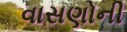
વાસણોની